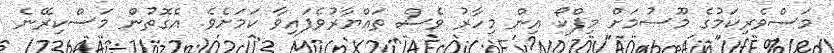
މަސްވެރިކަމުގެ މޫސުމަށް މިފްކޯ އިން މިހާރު ވެސް ތައްޔާރުވެފައިވާ ކަމަށެވެ. އެގޮތުން މަސްކިރޭނެ